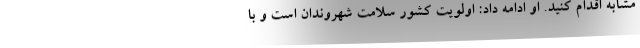
مشابه اقدام کنید. او ادامه داد: اولویت کشور سلامت شهروندان است و با